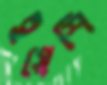
ইয়েশি